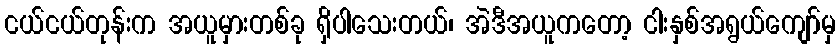
ငယ်ငယ်တုန်းက အယူမှားတစ်ခု ရှိပါသေးတယ်၊ အဲဒီအယူကတော့ ငါးနှစ်အရွယ်ကျော်မှ